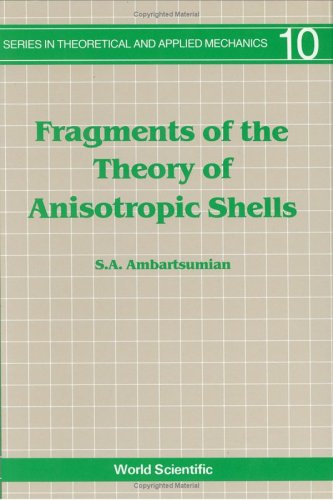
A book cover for Fragments of the Theory of Anisotropic Shells (Series in Theoretical and Applied Mechanics); S. A. Ambartsumian; Science & Math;